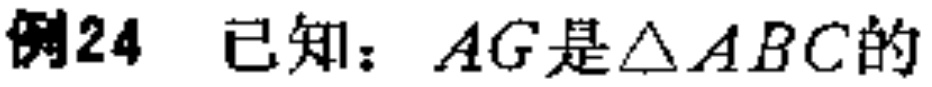
例24 已知：$AG$是$\triangle ABC$的